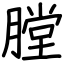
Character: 膛